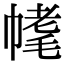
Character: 𣮳